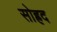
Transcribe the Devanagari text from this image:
सोह्रद